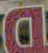
D